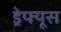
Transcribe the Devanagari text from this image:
ड्रेफ्यूस